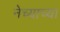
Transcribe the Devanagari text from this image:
नेच्याच्या